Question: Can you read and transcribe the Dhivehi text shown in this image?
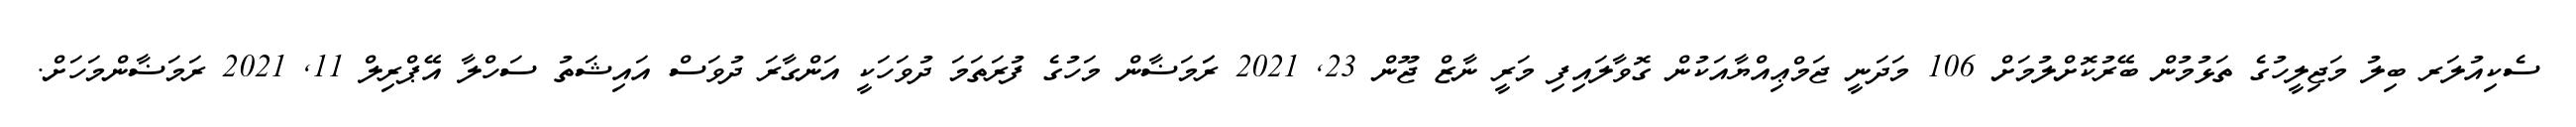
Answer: ސެކިއުލަރ ބިލު މަޖިލީހުގެ ތަޅުމުން ބޭރުކޮށްލުމަށް 106 މަދަނީ ޖަމްޢިއްޔާއަކުން ގޮވާލައިފި މަރީ ނާޒް ޖޫން 23, 2021 ރަަމަޟާން މަހުގެ ފުރަތަމަ ދުވަހަކީ އަންގާރަ ދުވަސް އައިޝަތު ސަހްލާ އޭޕްރިލް 11, 2021 ރަމަޟާންމަހަށް.